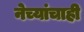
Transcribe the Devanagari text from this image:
नेच्यांचाही